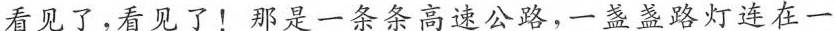
看见了，看见了！那是一条条高速公路，一盏盏路灯连在一